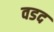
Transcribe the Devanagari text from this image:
वडद